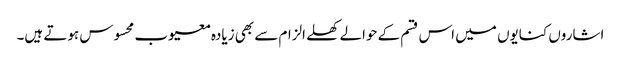
اشاروں کنایوں میں اس قسم کے حوالے کھلے الزام سے بھی زیادہ معیوب محسوس ہوتے ہیں۔